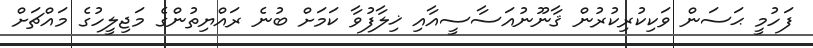
ފަހުމީ ޙަސަން ވަކިކުރިކުރުން ޤާނޫނުއަސާސީއާއި ޚިލާފުވާ ކަމަށް ބުނެ ރައްޔިތުންގެ މަޖިލީހުގެ މައްޗަށް